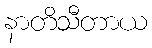
နာတိသီတာယ